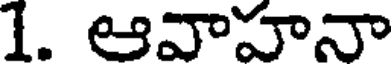
1. ఆవాహనా